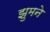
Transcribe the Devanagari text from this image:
झुमने